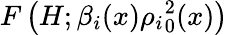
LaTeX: F\left(H;\beta_{i}(x){\rho_{i}}_{0}^{2}(x)\right)